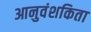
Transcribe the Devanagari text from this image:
आनुवंशकिता